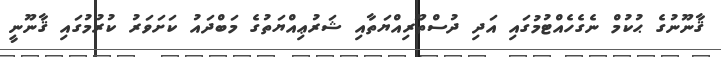
ޤާނޫނުގެ ޙުކުމް ނެގެހެއްޓުމުގައި އަދި ދުސްތޫރިއްޔަތާއި ޝަރުޢިއްޔަތުގެ މަބްދައު ކަށަވަރު ކުރުމުގައި ޤާނޫނީ